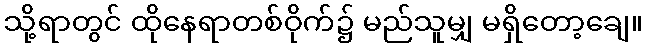
သို့ရာတွင် ထိုနေရာတစ်ဝိုက်၌ မည်သူမျှ မရှိတော့ချေ။